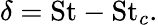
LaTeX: \delta=\mathrm{St}-\mathrm{St}_{c}.